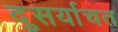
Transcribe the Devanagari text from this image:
दुसर्याचत